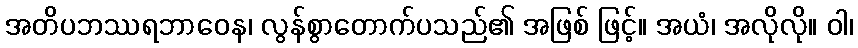
အတိပဘဿရဘာဝေန၊ လွန်စွာတောက်ပသည်၏ အဖြစ် ဖြင့်။ အယံ၊ အလိုလို။ ဝါ၊